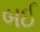
બઈ